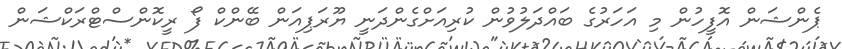
ޕެންޝަން އޮފީހުން މި އަހަރުގެ ބައްދަލުވުން ކުރިއަށްގެންދަނީ ޔޫރަޕިއަން ބޭންކް ފޯ ރީކޮންސްޓްރަކްޝަން